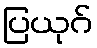
ပြယုဂ်